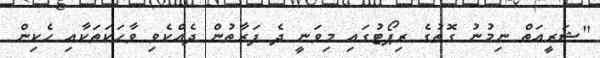
"ޝަރީއަތް ނިމުނު ގޮތުގެ ރިޕޯޓުގައި މިވަނީ ދެ ފަރާތުން ދެއްކެވި ވާހަކަތަކާއި ހެކިން